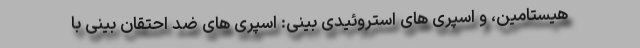
هیستامین، و اسپری های استروئیدی بینی: اسپری های ضد احتقان بینی با